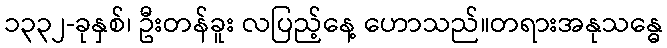
၁၃၃၂-ခုနှစ်၊ ဦးတန်ခူး လပြည့်နေ့ ဟောသည်။တရားအနုသန္ဓေ